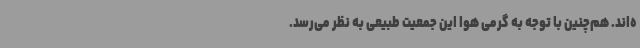
ه‌اند. هم‌چنین با توجه به گرمی هوا این جمعیت طبیعی به نظر می‌رسد.